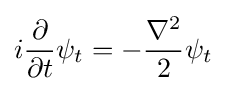
i{\frac {\partial }{\partial t}}\psi _{t}=-{\frac {\nabla ^{2}}{2}}\psi _{t}